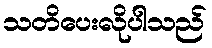
သတိပေးလိုပါသည်